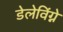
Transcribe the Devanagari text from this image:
डेलेविंग्ने